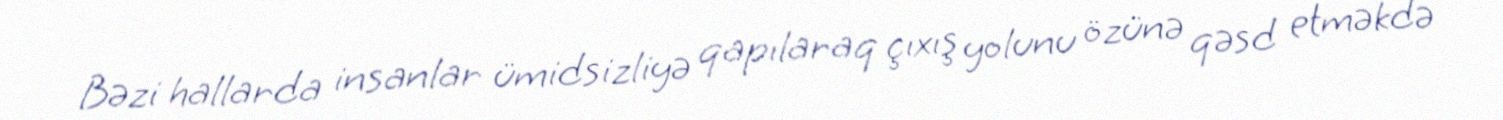
Bəzi hallarda insanlar ümidsizliyə qapılaraq çıxış yolunu özünə qəsd etməkdə